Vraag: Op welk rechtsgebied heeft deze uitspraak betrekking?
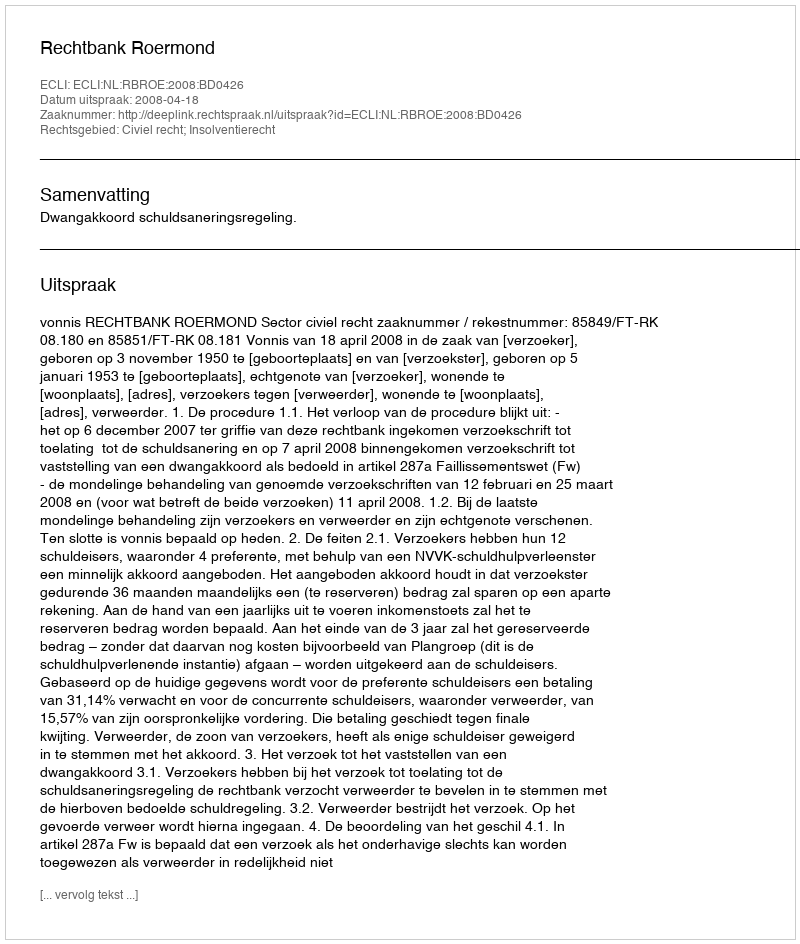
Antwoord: Civiel recht; Insolventierecht